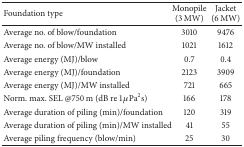
<table><thead><tr><td><b>Foundation type</b></td><td><b>Monopile (3 MW)</b></td><td><b>Jacket (6 MW)</b></td></tr></thead><tbody><tr><td>Average no. of blow/foundation</td><td>3010</td><td>9476</td></tr><tr><td>Average no. of blow/MW installed</td><td>1021</td><td>1612</td></tr><tr><td>Average energy (MJ)/blow </td><td>0.7</td><td>0.4</td></tr><tr><td>Average energy (MJ)/foundation</td><td>2123</td><td>3909</td></tr><tr><td>Average energy (MJ)/MW installed </td><td>721</td><td>665</td></tr><tr><td>Norm. max. SEL @750 m (dB re 1 <i>μ</i>Pa2s)</td><td>166</td><td>178</td></tr><tr><td>Average duration of piling (min)/foundation </td><td>120</td><td>319</td></tr><tr><td>Average duration of piling (min)/MW installed </td><td>41</td><td>55</td></tr><tr><td>Average piling frequency (blow/min)</td><td>25</td><td>30</td></tr></tbody></table>